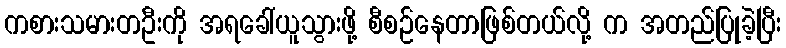
ကစားသမားတဦးကို အရခေါ်ယူသွားဖို့ စီစဉ်နေတာဖြစ်တယ်လို့ က အတည်ပြုခဲ့ပြီး